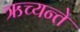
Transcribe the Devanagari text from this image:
ऋच्यन्ते